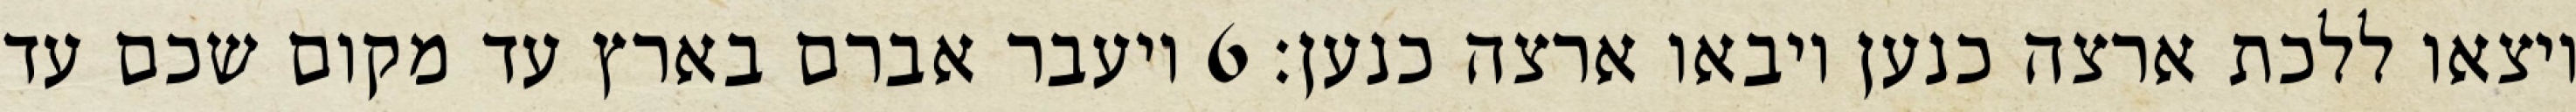
ויצאו ללכת ארצה כנען ויבאו ארצה כנען׃ ‎6‏ ויעבר אברם בארץ עד מקום שכם עד